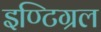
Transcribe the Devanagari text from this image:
इण्टिग्रल